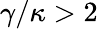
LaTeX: \gamma/\kappa>2